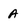
Character: a